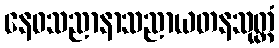
နေဝသညာနာသညာယတနသုတ္တံ